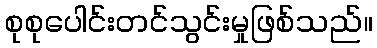
စုစုပေါင်းတင်သွင်းမှုဖြစ်သည်။